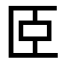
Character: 𦣞